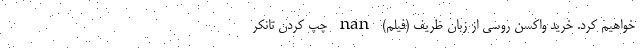
خواهیم کرد. خرید واکسن روسی از زبان ظریف (فیلم) nan چپ کردن تانکر